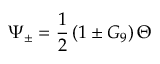
\Psi _ { \pm } = \frac { 1 } { 2 } \left( 1 \pm G _ { 9 } \right) \Theta